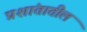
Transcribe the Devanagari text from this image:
प्रशांतातील